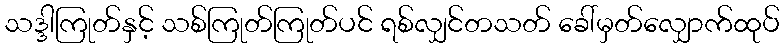
သဒ္ဒါကြုတ်နှင့် သစ်ကြုတ်ကြုတ်ပင် ရစ်လျှင်တသတ် ခေါ်မှတ်လျှောက်ထုပ်